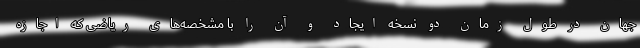
جهان در طول زمان دو نسخه ایجاد و آن را با مشخصه‌های ریاضی که اجازه